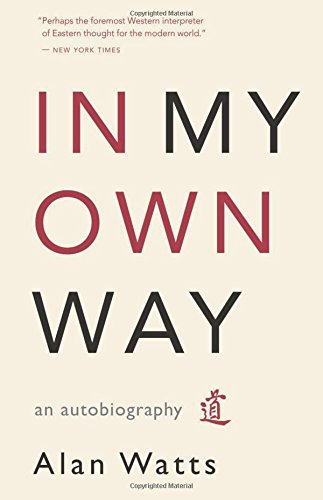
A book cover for In My Own Way: An Autobiography; Alan W. Watts; Biographies & Memoirs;